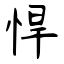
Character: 悍